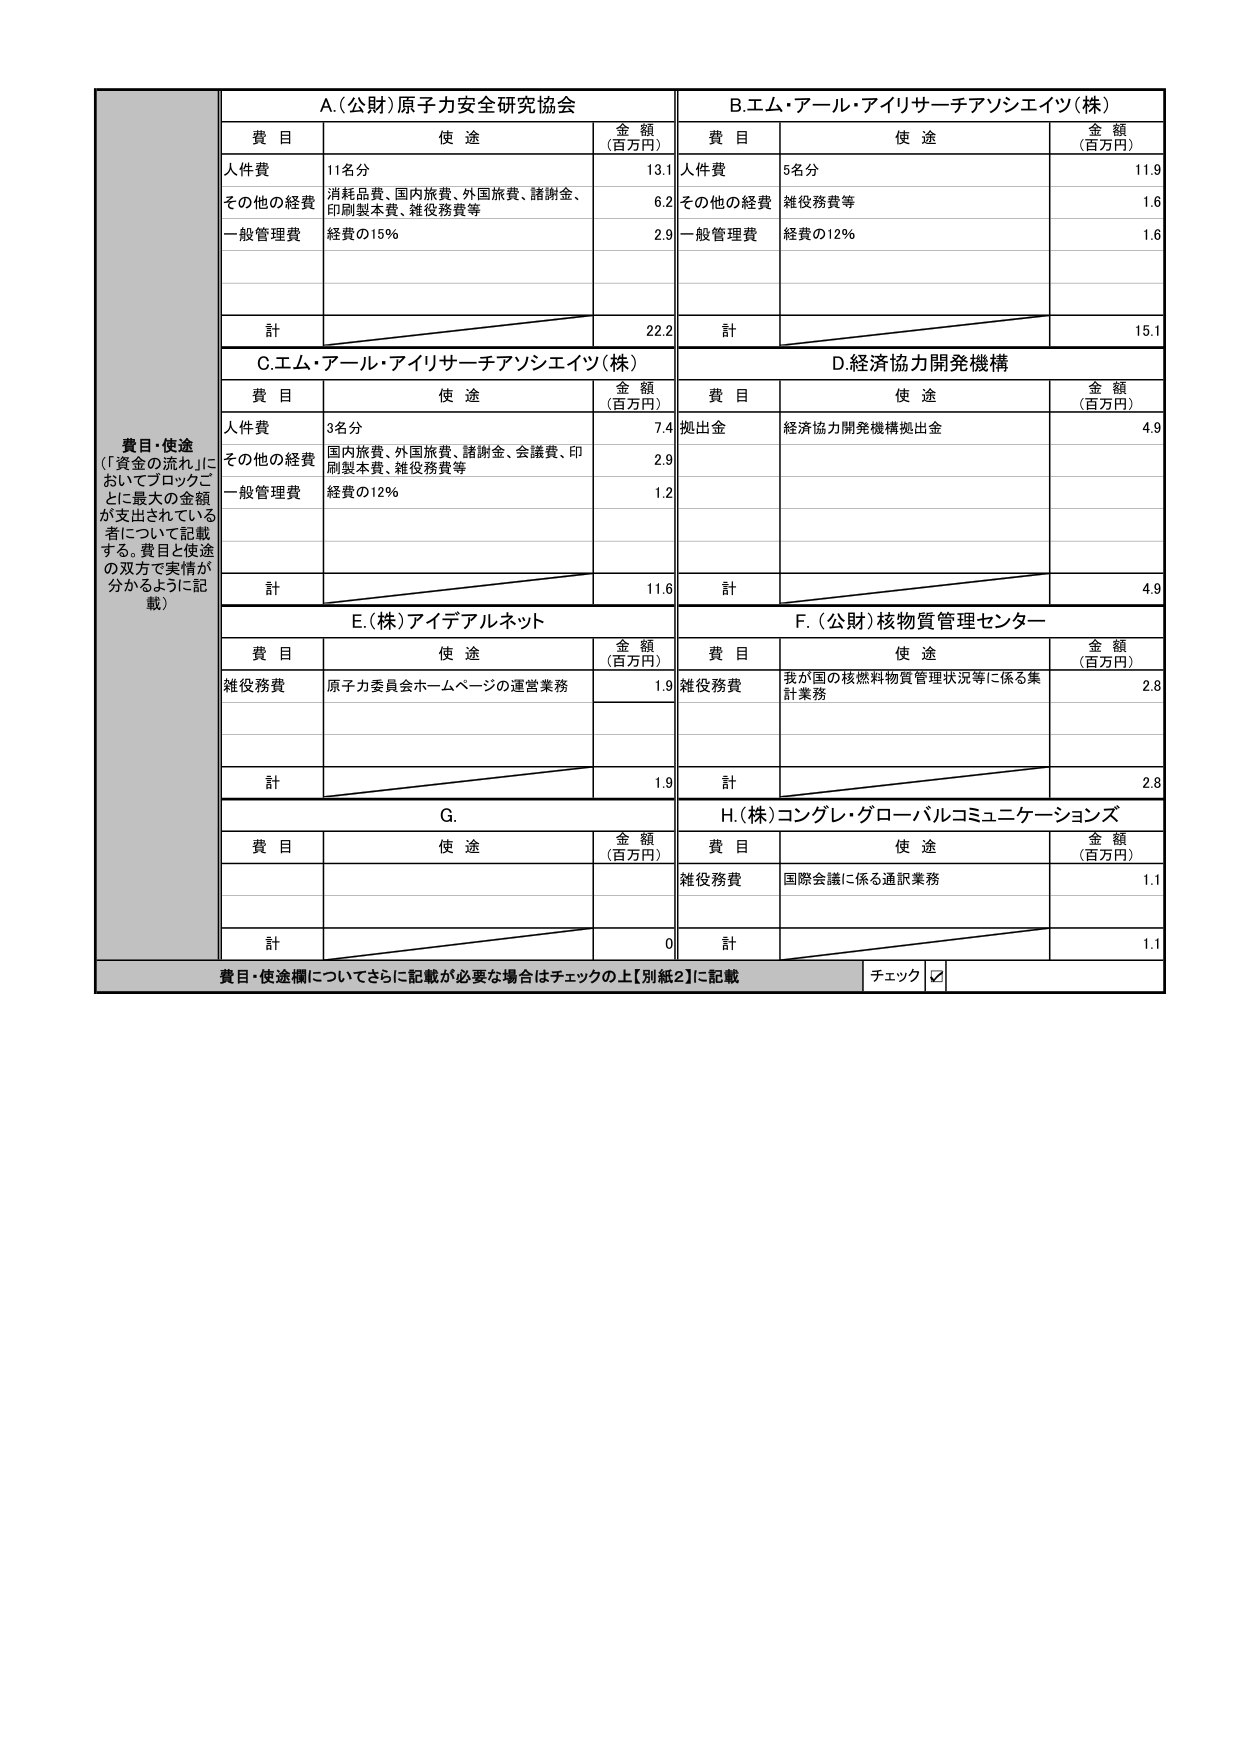
費目・使途
（「資金の流れ」においてブロックごとに最大の金額が支出されている者について記載する。費目と使途の双方で実情が分かるように記載）

A.(公財)原子力安全研究協会
費目 使途 金額（百万円）
人件費 11名分 13.1
その他の経費 消耗品費、国内旅費、外国旅費、諸謝金、印刷製本費、雑役務費等 6.2
一般管理費 経費の15% 2.9
計 22.2

B.エム・アール・アイリサーチアソシエイツ(株)
費目 使途 金額（百万円）
人件費 5名分 11.9
その他の経費 雑役務費等 1.6
一般管理費 経費の12% 1.6
計 15.1

C.エム・アール・アイリサーチアソシエイツ(株)
費目 使途 金額（百万円）
人件費 3名分 7.4
その他の経費 国内旅費、外国旅費、諸謝金、会議費、印刷製本費、雑役務費等 2.9
一般管理費 経費の12% 1.2
計 11.6

D.経済協力開発機構
費目 使途 金額（百万円）
拠出金 経済協力開発機構拠出金 4.9
計 4.9

E.(株)アイデアルネット
費目 使途 金額（百万円）
雑役務費 原子力委員会ホームページの運営業務 1.9
計 1.9

F.(公財)核物質管理センター
費目 使途 金額（百万円）
雑役務費 我が国の核燃料物質管理状況等に係る集計業務 2.8
計 2.8

G.
費目 使途 金額（百万円）
計 0

H.(株)コングレ・グローバルコミュニケーションズ
費目 使途 金額（百万円）
雑役務費 国際会議に係る通訳業務 1.1
計 1.1

費目・使途欄についてさらに記載が必要な場合はチェックの上【別紙2】に記載
チェック ☑